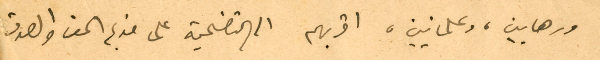
ورهابين، وعلمانيين، اقربهم الى التضحية على قديم الحق والصوت